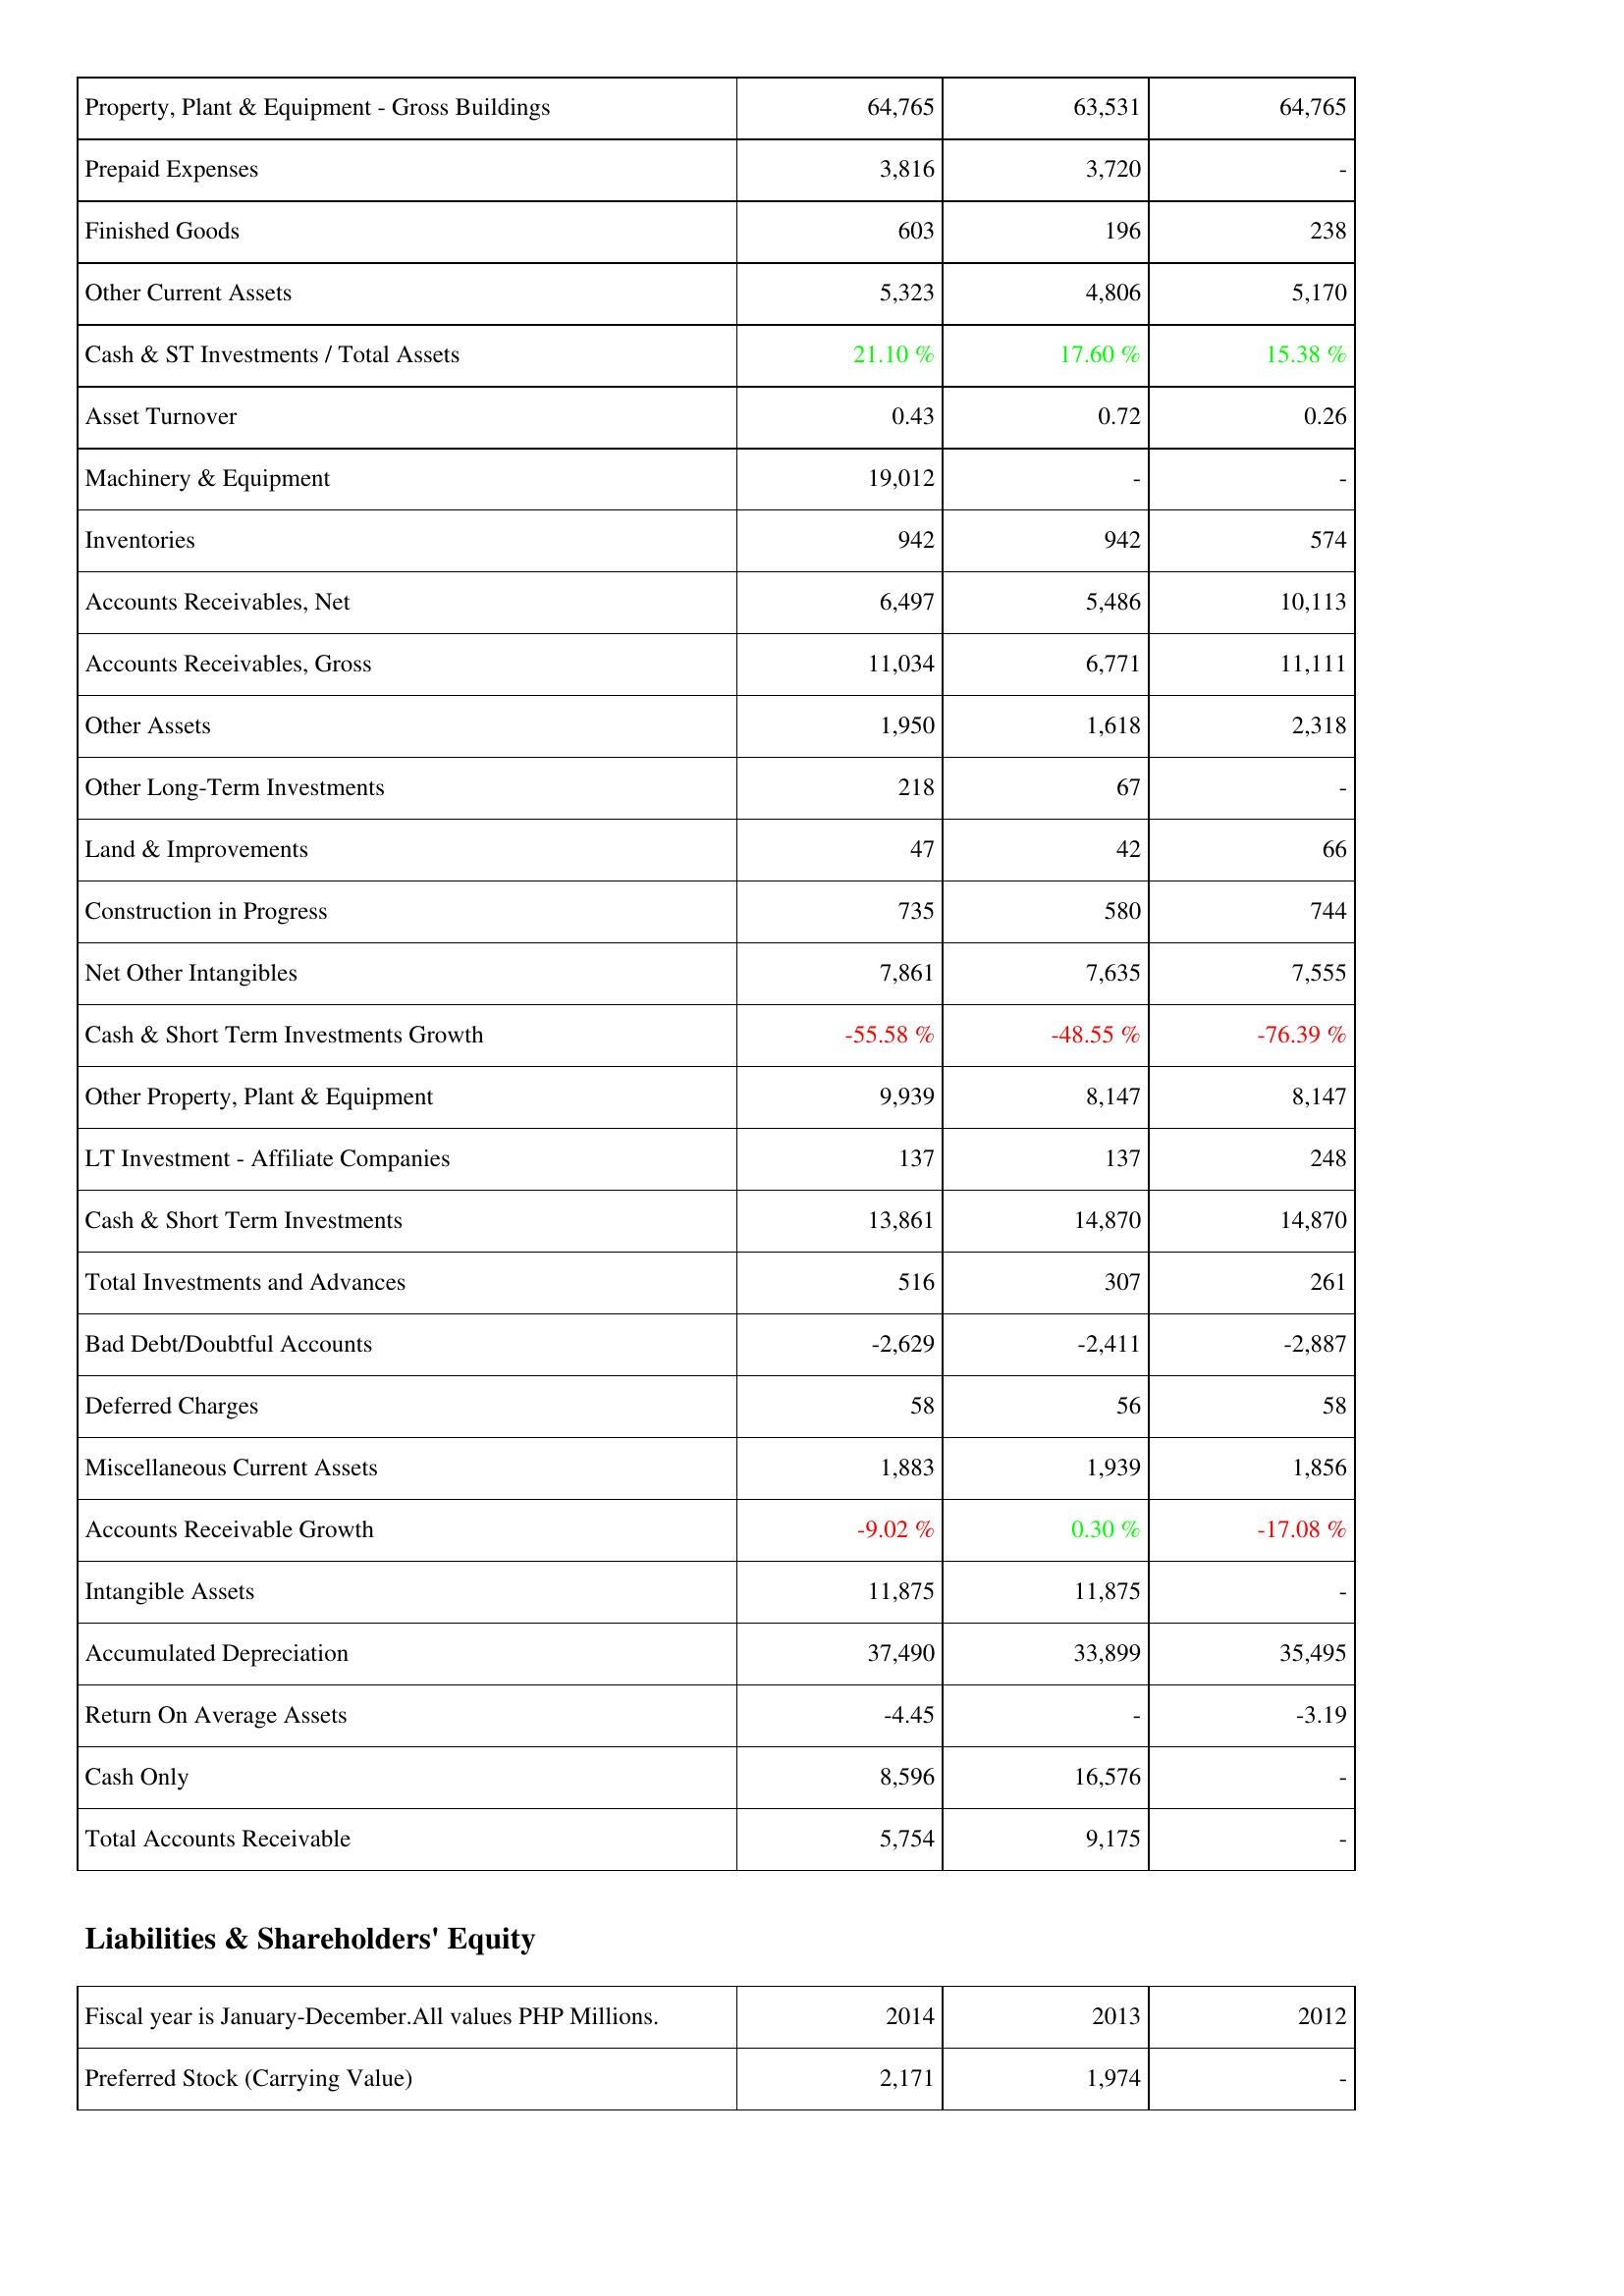
2014: Assets: Property, Plant & Equipment - Gross Buildings: 64,765
Prepaid Expenses: 3,816
Finished Goods: 603
Other Current Assets: 5,323
Cash & ST Investments / Total Assets: 21.10 %
Asset Turnover: 0.43
Machinery & Equipment: 19,012
Inventories: 942
Accounts Receivables, Net: 6,497
Accounts Receivables, Gross: 11,034
Other Assets: 1,950
Other Long-Term Investments: 218
Land & Improvements: 47
Construction in Progress: 735
Net Other Intangibles: 7,861
Cash & Short Term Investments Growth: -55.58 %
Other Property, Plant & Equipment: 9,939
LT Investment - Affiliate Companies: 137
Cash & Short Term Investments: 13,861
Total Investments and Advances: 516
Bad Debt/Doubtful Accounts: -2,629
Deferred Charges: 58
Miscellaneous Current Assets: 1,883
Accounts Receivable Growth: -9.02 %
Intangible Assets: 11,875
Accumulated Depreciation: 37,490
Return On Average Assets: -4.45
Cash Only: 8,596
Total Accounts Receivable: 5,754
Liabilities & Shareholders' Equity: Preferred Stock (Carrying Value): 2,171
2013: Assets: Property, Plant & Equipment - Gross Buildings: 63,531
Prepaid Expenses: 3,720
Finished Goods: 196
Other Current Assets: 4,806
Cash & ST Investments / Total Assets: 17.60 %
Asset Turnover: 0.72
Machinery & Equipment: -
Inventories: 942
Accounts Receivables, Net: 5,486
Accounts Receivables, Gross: 6,771
Other Assets: 1,618
Other Long-Term Investments: 67
Land & Improvements: 42
Construction in Progress: 580
Net Other Intangibles: 7,635
Cash & Short Term Investments Growth: -48.55 %
Other Property, Plant & Equipment: 8,147
LT Investment - Affiliate Companies: 137
Cash & Short Term Investments: 14,870
Total Investments and Advances: 307
Bad Debt/Doubtful Accounts: -2,411
Deferred Charges: 56
Miscellaneous Current Assets: 1,939
Accounts Receivable Growth: 0.30 %
Intangible Assets: 11,875
Accumulated Depreciation: 33,899
Return On Average Assets: -
Cash Only: 16,576
Total Accounts Receivable: 9,175
Liabilities & Shareholders' Equity: Preferred Stock (Carrying Value): 1,974
2012: Assets: Property, Plant & Equipment - Gross Buildings: 64,765
Prepaid Expenses: -
Finished Goods: 238
Other Current Assets: 5,170
Cash & ST Investments / Total Assets: 15.38 %
Asset Turnover: 0.26
Machinery & Equipment: -
Inventories: 574
Accounts Receivables, Net: 10,113
Accounts Receivables, Gross: 11,111
Other Assets: 2,318
Other Long-Term Investments: -
Land & Improvements: 66
Construction in Progress: 744
Net Other Intangibles: 7,555
Cash & Short Term Investments Growth: -76.39 %
Other Property, Plant & Equipment: 8,147
LT Investment - Affiliate Companies: 248
Cash & Short Term Investments: 14,870
Total Investments and Advances: 261
Bad Debt/Doubtful Accounts: -2,887
Deferred Charges: 58
Miscellaneous Current Assets: 1,856
Accounts Receivable Growth: -17.08 %
Intangible Assets: -
Accumulated Depreciation: 35,495
Return On Average Assets: -3.19
Cash Only: -
Total Accounts Receivable: -
Liabilities & Shareholders' Equity: Preferred Stock (Carrying Value): -